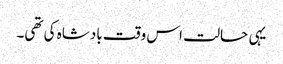
یہی حالت اس وقت بادشاہ کی تھی۔